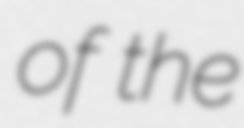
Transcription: of the